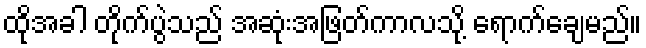
ထိုအခါ တိုက်ပွဲသည် အဆုံးအဖြတ်ကာလသို့ ရောက်ချေမည်။